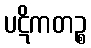
ပဋိကတဉ္စ